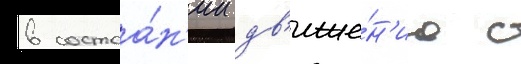
в состоа́н'ии дв'иже́н'иа с